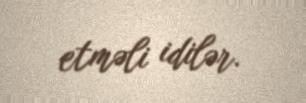
etməli idilər.